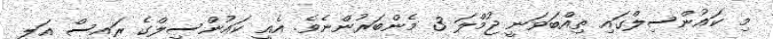
މި ކައުންސިލްގައި ތިއްބަވަނީ ޖުމްލަ 3 މެންބަރުންނެވެ. އެއީ ކައުންސިލްގެ ރައީސް އަލީ